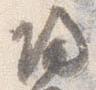
帰